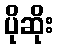
ပိုဆိုး